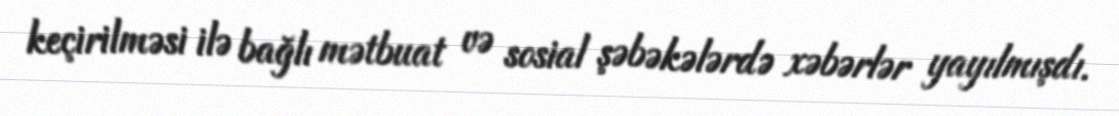
keçirilməsi ilə bağlı mətbuat və sosial şəbəkələrdə xəbərlər yayılmışdı.